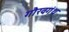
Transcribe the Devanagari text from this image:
गौरवगंथ